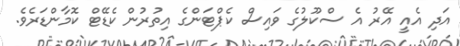
އަދި އެއީ އޭރު އެ ސްކޫލުގެ ވައިސް ކެޕްޓަންގެ އިތުރުން ކެޑޭޓް ކޮމާންޑަރެވެ.